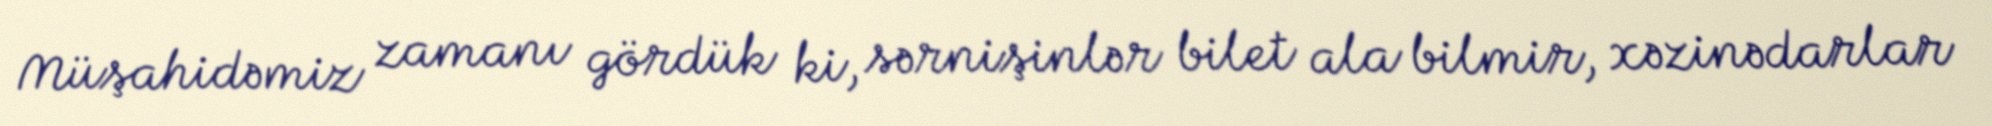
Müşahidəmiz zamanı gördük ki, sərnişinlər bilet ala bilmir, xəzinədarlar